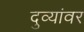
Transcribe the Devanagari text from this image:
दुव्यांवर